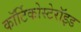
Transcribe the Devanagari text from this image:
कॉर्टिकोस्टेरॉइड